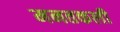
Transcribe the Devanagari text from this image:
मनतकली